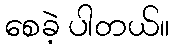
စေခဲ့ ပါတယ်။